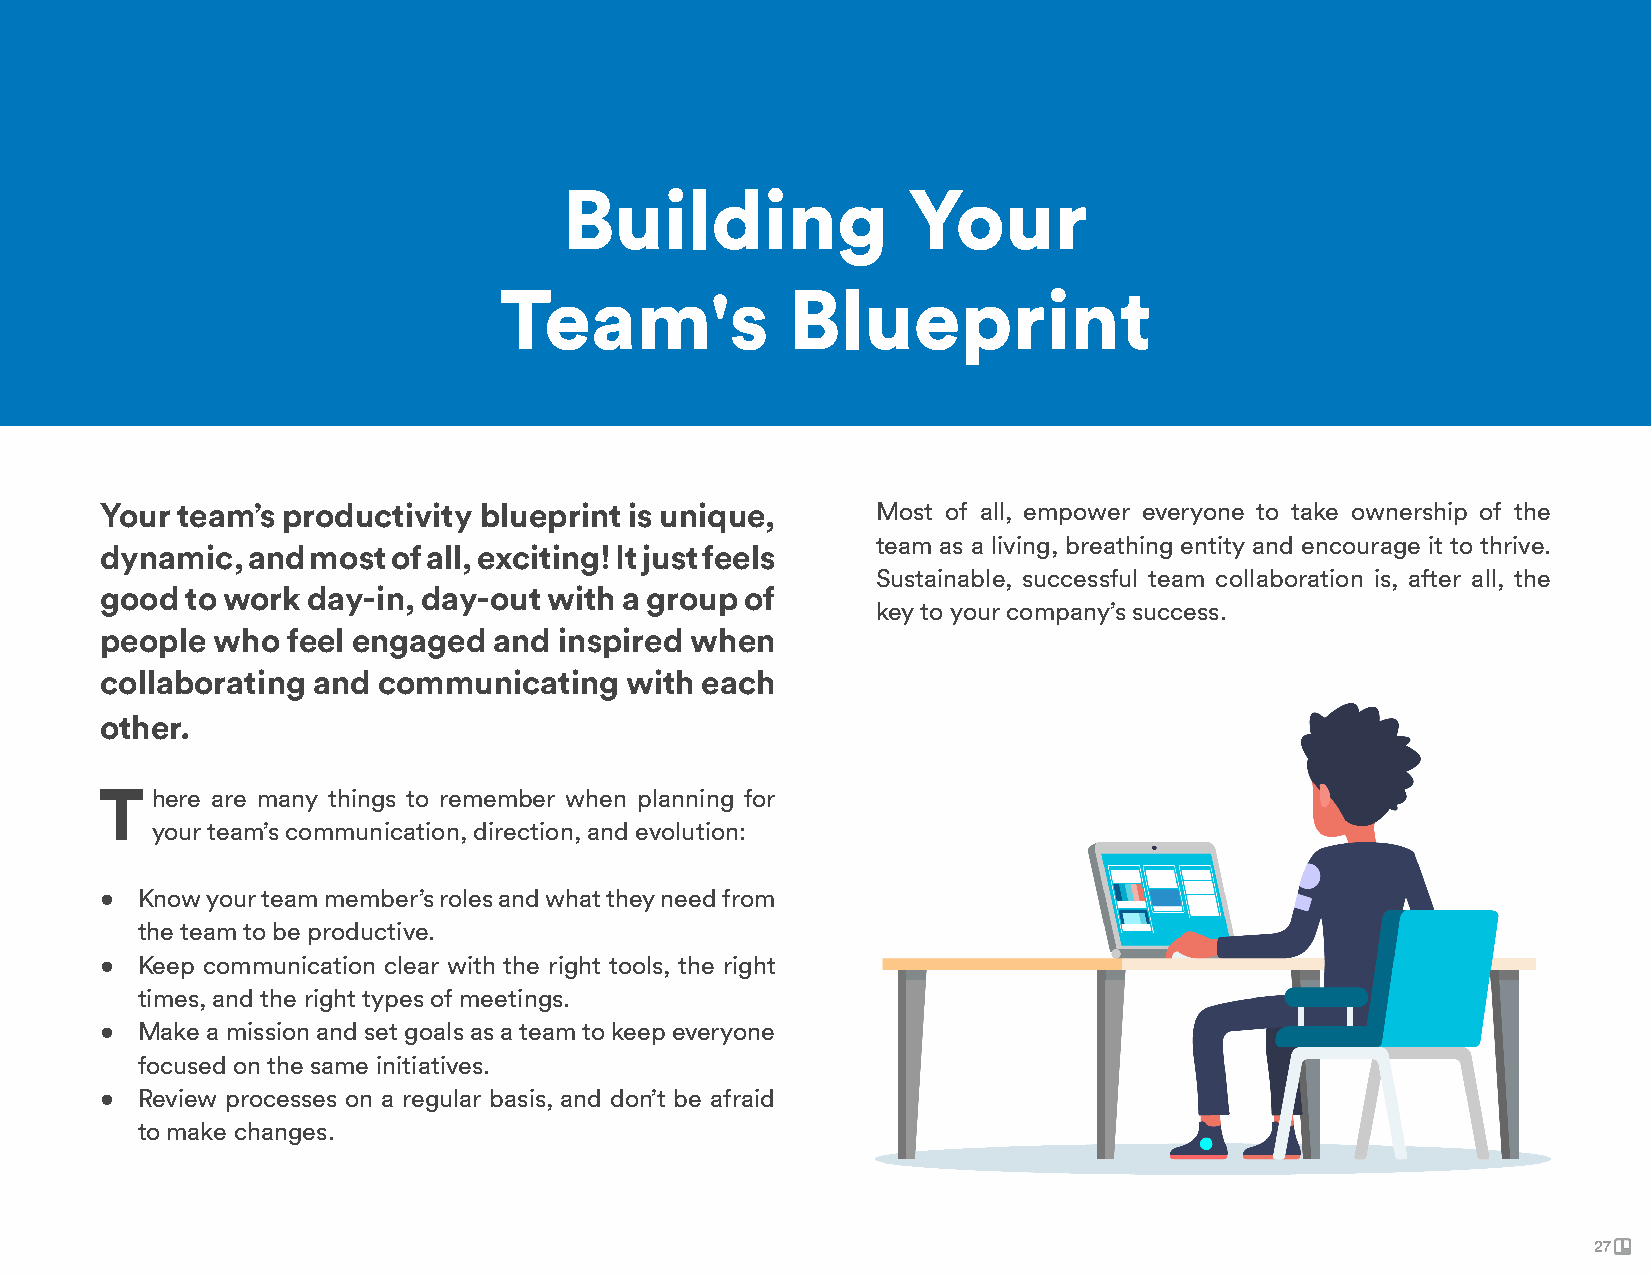
Building               Your
 Team's             Blueprint
 Your team’s productivity blueprint is unique,      Most of all, empower everyone to take ownership of the
 team as a living, breathing entity and encourage it to thrive.
 dynamic, and most  of all, exciting! It just feels
 Sustainable, successful team collaboration is, after all, the
 good to work day-in, day-out with a group of
 key to your company’s success.
 people who  feel engaged  and inspired when
 collaborating and communicating   with each
 other.
 T  here are many things to remember when planning for
 your team’s communication, direction, and evolution:
 • Know your team member’s roles and what they need from
 the team to be productive.
 • Keep communication clear with the right tools, the right
 times, and the right types of meetings.
 • Make a mission and set goals as a team to keep everyone
 focused on the same initiatives.
 • Review processes on a regular basis, and don’t be afraid
 to make changes.
 27